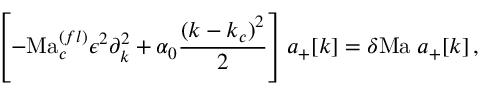
\left[ - \mathrm { M a } _ { c } ^ { ( f l ) } \epsilon ^ { 2 } \partial _ { k } ^ { 2 } + \alpha _ { 0 } \frac { ( k - k _ { c } ) ^ { 2 } } { 2 } \right] { a _ { + } [ k ] } = \delta \mathrm { M a } \; { a _ { + } [ k ] } \, , \